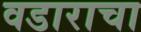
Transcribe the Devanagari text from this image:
वडाराचा